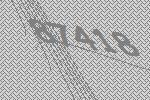
87418